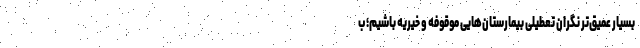
بسیار عمیق‌تر نگران تعطیلی بیمارستان‌هایی موقوفه و خیریه باشیم؛ ب